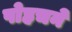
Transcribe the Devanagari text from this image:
पोहचने